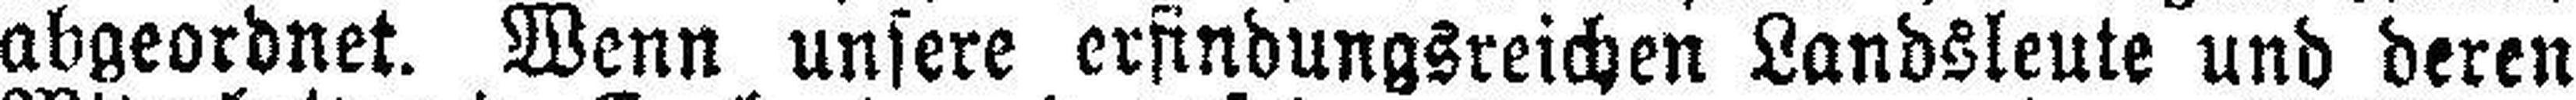
abgeordnet. Wenn unsere erfindungsreichen Landsleute und deren